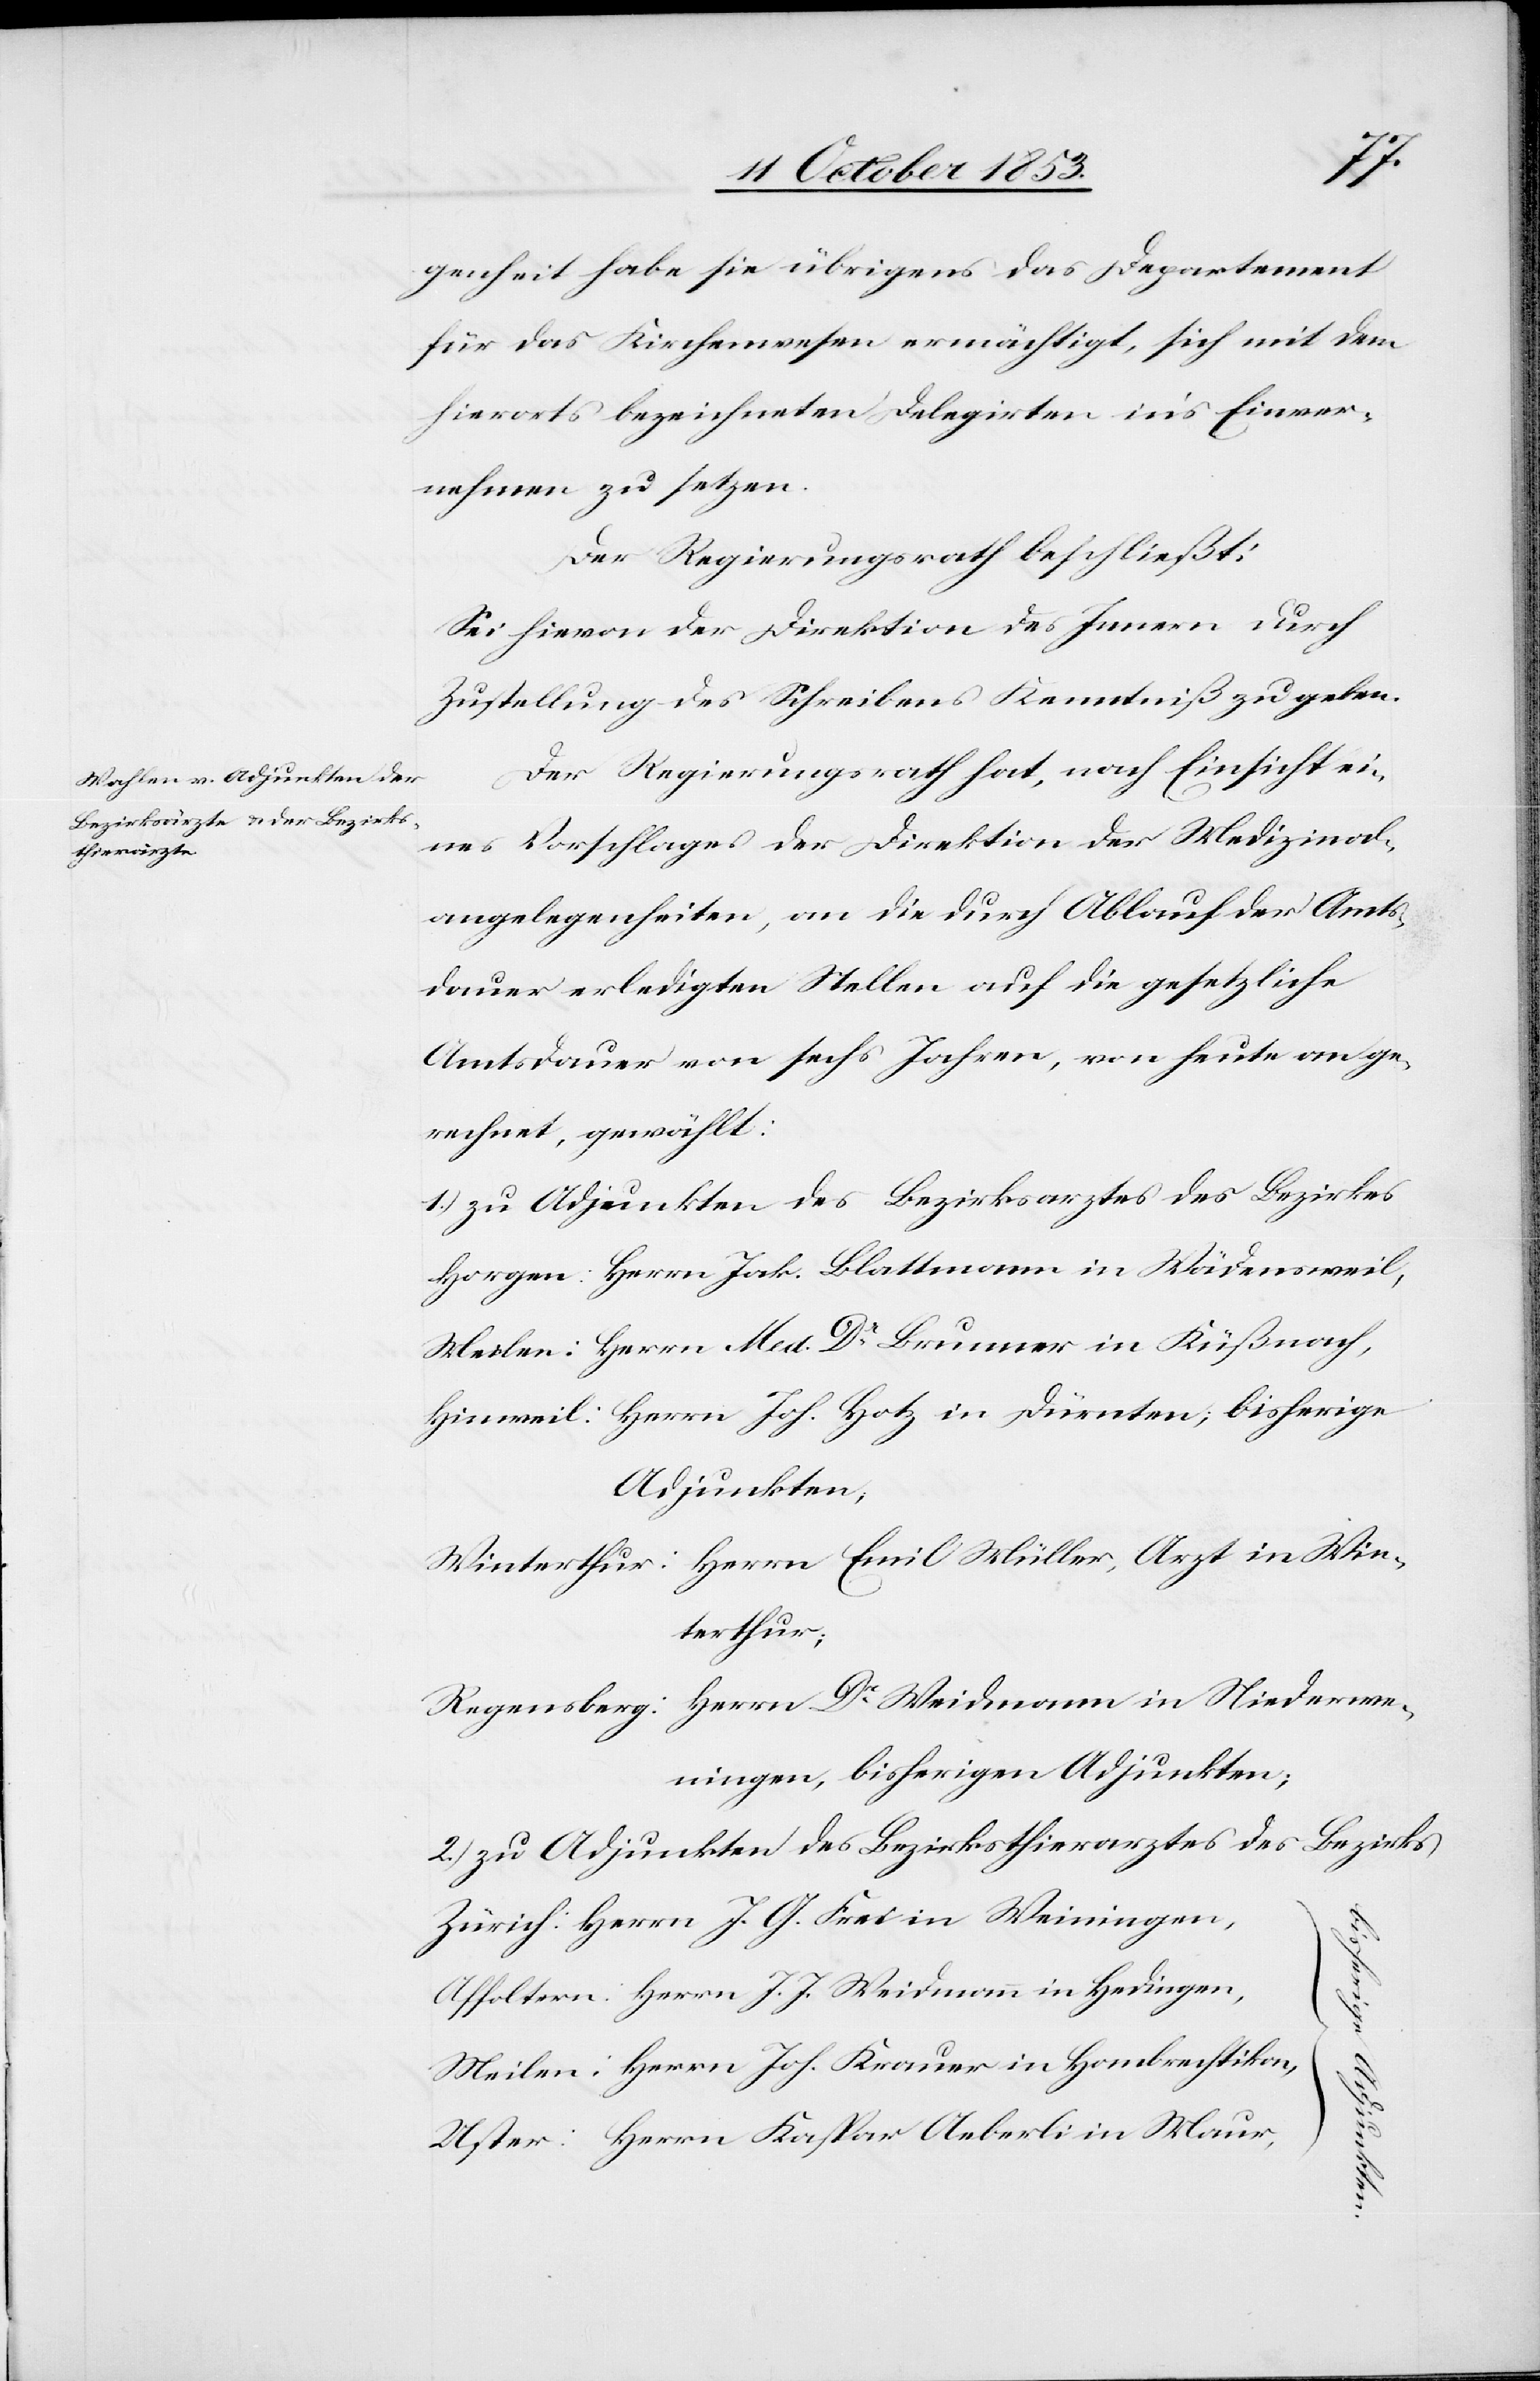
genheit habe sie übrigens das Departement
für das Kirchenwesen ermächtigt, sich mit dem
hierorts bezeichneten Delegirten in’s Einver¬
nehmen zu setzen.
Der Regierungsrath beschließt:
Sei hievon der Direktion des Innern durch
Zustellung des Schreibens Kenntniß zu geben.
Der Regierungsrath hat, nach Einsicht ei¬
nes Vorschlages der Direktion der Medizinal¬
angelegenheiten, an die durch Ablauf de Amts¬
dauer erledigten Stellen auf die gesetzliche
Amtsdauer von sechs Jahren, von heute an ge¬
rechnet, gewählt:
1.) zu Adjunkten des Bezirksarztes des Bezirkes
Horgen: Herrn Jak. Blattmann in Wädensweil,
Meilen: Herrn Med. Dr Brunner in Küßnach[t],
Hinweil: Herrn Joh. Hotz in Dürnten, bisherige
Adjunkten
Winterthur: Herrn Emil Müller, Arzt in Win¬
terthur;
Regensberg: Herrn Dr Weidemann in Niederwe¬
ningen, bisherigen Adjunkten;
2.) zu Adjunkten des Bezirksthierarztes des Bezirkes
Zürich: Herrn J. G. Frei in Weiningen,
Affoltern: Herrn J. J. Weidmann in Hedingen,
Meilen: Herrn Joh. Krauer in Hombrechtikon,
Uster: Herrn Kaspar Aeberli in Maur,